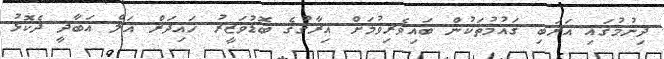
ދިނުމުގައި އަރަބި ގައުމުތަކުން ބައިވެރިވުމަށް އިރާގުގެ ބޮޑުވަޒީރު ހައިދަރް އަލް އަބާދީ ދެކޮޅު